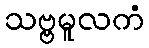
သဗ္ဗမူလကံ